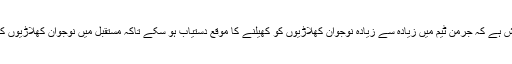
انہوں نے کہا کہ کوشش ہے کہ جرمن ٹیم میں زیادہ سے زیادہ نوجوان کھلاڑیوں کو کھیلنے کا موقع دستیاب ہو سکے تاکہ مستقبل میں نوجوان کھلاڑیوں کی کمی محسوس نہ ہو۔